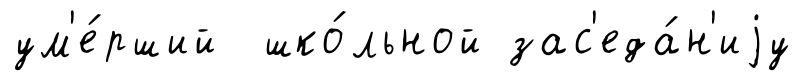
ум'е́рший шко́льной зас'еда́н'иjу